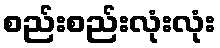
စည်းစည်းလုံးလုံး